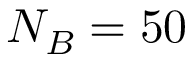
N _ { B } = 5 0